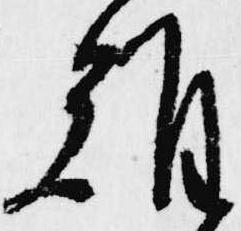
難